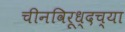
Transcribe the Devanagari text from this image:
चीनविरूध्दच्या